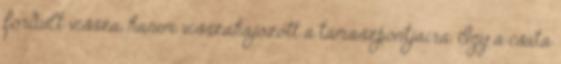
fordult vissza, hanem visszahajózott a támaszpontjaira. Így a csata